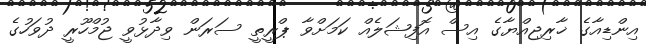
އިންޑިއާގެ ޚާރިޖިއްޔާގެ އިސް އޮފިޝަލެއް ކަމަށްވާ ޕްރީތީ ސަރަން ވިދާޅުވީ ޖުމްހޫރީ ދުވަހުގެ